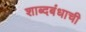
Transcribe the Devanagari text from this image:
शाब्दबंधाची